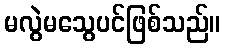
မလွဲမသွေပင်ဖြစ်သည်။